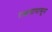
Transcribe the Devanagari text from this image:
राक्षसापासून